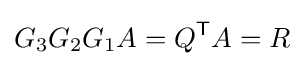
G_{3}G_{2}G_{1}A=Q^{\textsf {T}}A=R